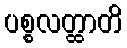
ပစ္စလတ္ထာတိ